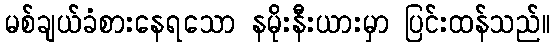
မစ်ချယ်ခံစားနေရသော နမိုးနီးယားမှာ ပြင်းထန်သည်။